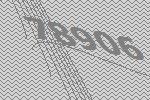
78906